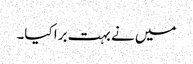
میں نے بہت برا کیا۔